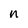
Character: n